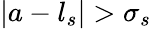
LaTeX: |a-l_{s}|>\sigma_{s}